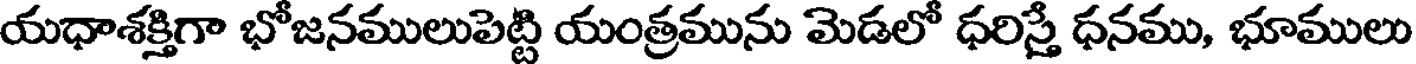
యధాశక్తిగా భోజనములుపెట్టి యంత్రమును మెడలో ధరిస్తే ధనము, భూములు